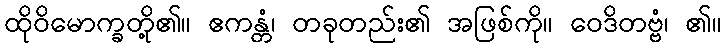
ထိုဝိမောက္ခတို့၏။ ဧကန္တံ၊ တခုတည်း၏ အဖြစ်ကို။ ဝေဒိတဗ္ဗံ၊ ၏။